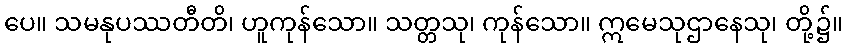
ပေ။ သမနုပဿတီတိ၊ ဟူကုန်သော။ သတ္တသု၊ ကုန်သော။ ဣမေသုဌာနေသု၊ တို့၌။